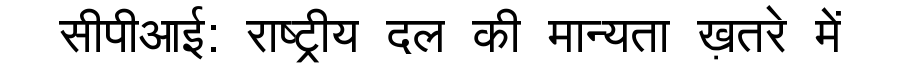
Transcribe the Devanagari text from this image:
सीपीआई: राष्ट्रीय दल की मान्यता ख़तरे में